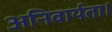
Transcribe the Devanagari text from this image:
अनिवार्यता।